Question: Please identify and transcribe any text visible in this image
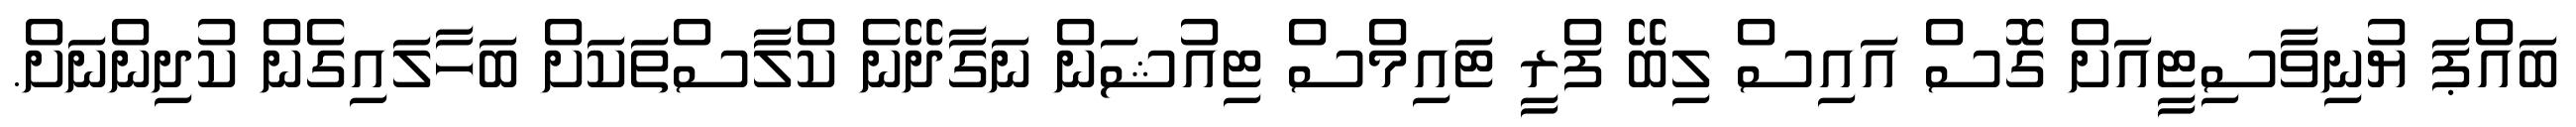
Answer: ބައްޕަ ޔުނިވާސިޓީއަށް ގޮސް އައިސް ލިބޭ ފްރީ ޓައިމްސް ޓިއުޝަން ނަގާދޭނެ ކްލާސްތަކަށް ބަހާލައިގެން ކުދިންނަށް.